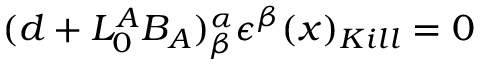
( d + L _ { 0 } ^ { A } B _ { A } ) _ { \beta } ^ { \alpha } \epsilon ^ { \beta } ( x ) _ { K i l l } = 0